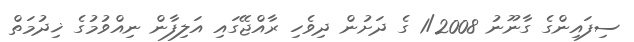
ސިފައިންގެ ގާނޫނު 1/2008 ގެ ދަށުން ދިވެހި ރާއްޖޭގައި އަލިފާން ނިއްވުމުގެ ޚިދުމަތް